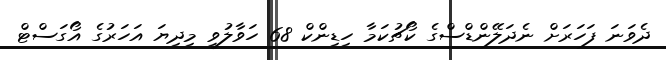
ދެވަނަ ފަހަރަށް ނެދަލޭންޑްސްގެ ކޯޗުކަމާ ހިޑިންކް 68 ހަވާލުވީ މިދިޔަ އަހަރުގެ އޯގަސްޓް